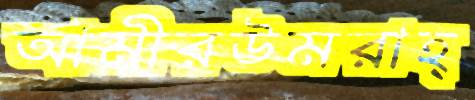
আমীরউমরাহ্‌